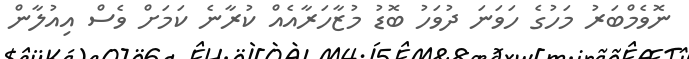
ނޮވެމްބަރު މަހުގެ ހަވަނަ ދުވަހު ބޮޑު މުޒާހަރާއެއް ކުރާނެ ކަމަށް ވެސް އިއުލާން